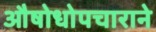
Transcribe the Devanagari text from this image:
औषोधोपचाराने